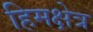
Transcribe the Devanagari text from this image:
हिमक्षेत्र